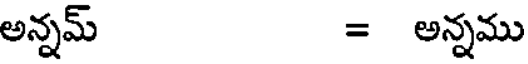
అన్నమ్ = అన్నము